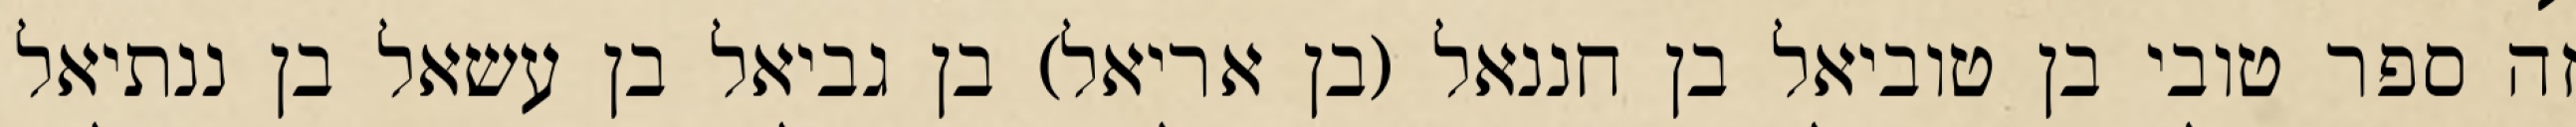
זה ספר טובי בן טוביאל בן חננאל (בן אריאל) בן גביאל בן עשאל בן ננתיאל